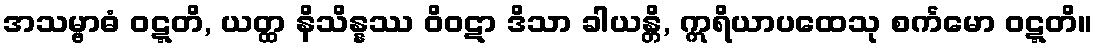
အသမ္ဗာဓံ ဝဋ္ဋတိ, ယတ္ထ နိသိန္နဿ ဝိဝဋာ ဒိသာ ခါယန္တိ, ဣရိယာပထေသု စင်္ကမော ဝဋ္ဋတိ။